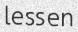
lessen